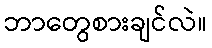
ဘာတွေစားချင်လဲ။